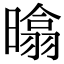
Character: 㬛